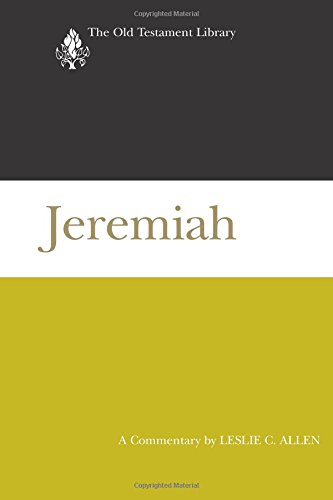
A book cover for Jeremiah (2008): A Commentary (Old Testament Library); Leslie C. Allen; Christian Books & Bibles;